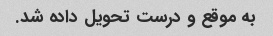
به موقع و درست تحویل داده شد.